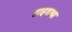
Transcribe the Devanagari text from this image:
हाइवाथा